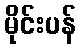
မိုင်းပန်